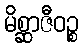
မိစ္ဆာဇီဝဉ္စ